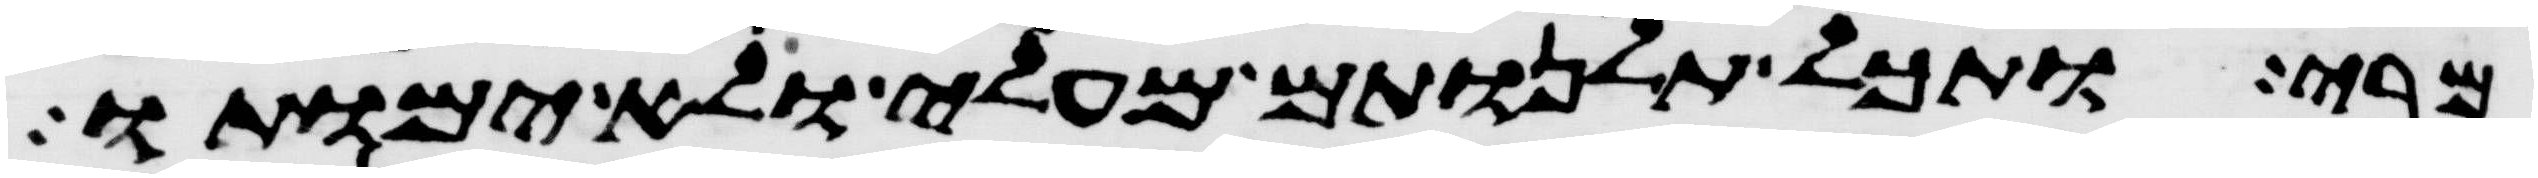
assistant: מרי ותכל תלנותם מעלי ולא ימותו